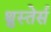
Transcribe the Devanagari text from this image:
थ्रुस्तेर्स